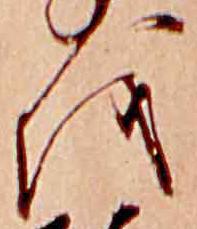
を